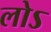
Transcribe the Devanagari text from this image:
लोऽ